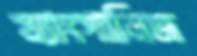
ম্যাংগানিজ